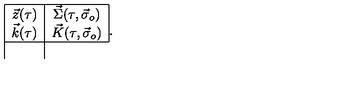
\begin{array} { | c | c | } \hline { \vec { z } ( \tau ) } & { \vec { \Sigma } ( \tau , \vec { \sigma } _ { o } ) } \\ { \vec { k } ( \tau ) } & { \vec { K } ( \tau , \vec { \sigma } _ { o } ) } \\ \hline { } \\ \end{array} .